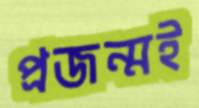
প্রজন্মই